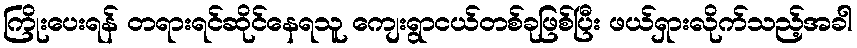
ကြိုးပေးရန် တရားရင်ဆိုင်နေရသူ ကျေးရွာငယ်တစ်ခုဖြစ်ပြီး ဖယ်ရှားလိုက်သည့်အခါ